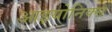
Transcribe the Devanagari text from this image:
आइयोनिक्स